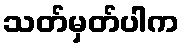
သတ်မှတ်ပါက